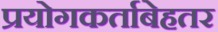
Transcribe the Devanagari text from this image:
प्रयोगकर्ताबेहतर